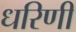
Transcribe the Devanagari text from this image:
धरिणी